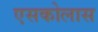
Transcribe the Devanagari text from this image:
एसकोलास